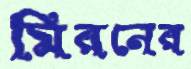
মিরনের